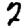
Digit: 2